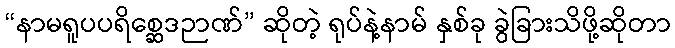
“နာမရူပပရိစ္ဆေဒဉာဏ်” ဆိုတဲ့ ရုပ်နဲ့နာမ် နှစ်ခု ခွဲခြားသိဖို့ဆိုတာ